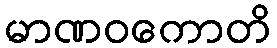
မာဏဝကောတိ